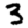
Digit: 3